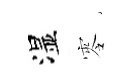
湿零